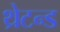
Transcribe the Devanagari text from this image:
थ्रेटन्ड